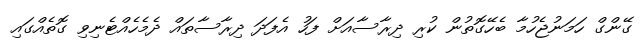
ގޭންގް ހަމަނުޖެހުމާ ބެހޭގޮތުން ކުރި ދިރާސާއަށް ފަހު އެފަދަ ދިރާސާތައް ދެމެހެއްޓެނިވި ގޮތެއްގައި